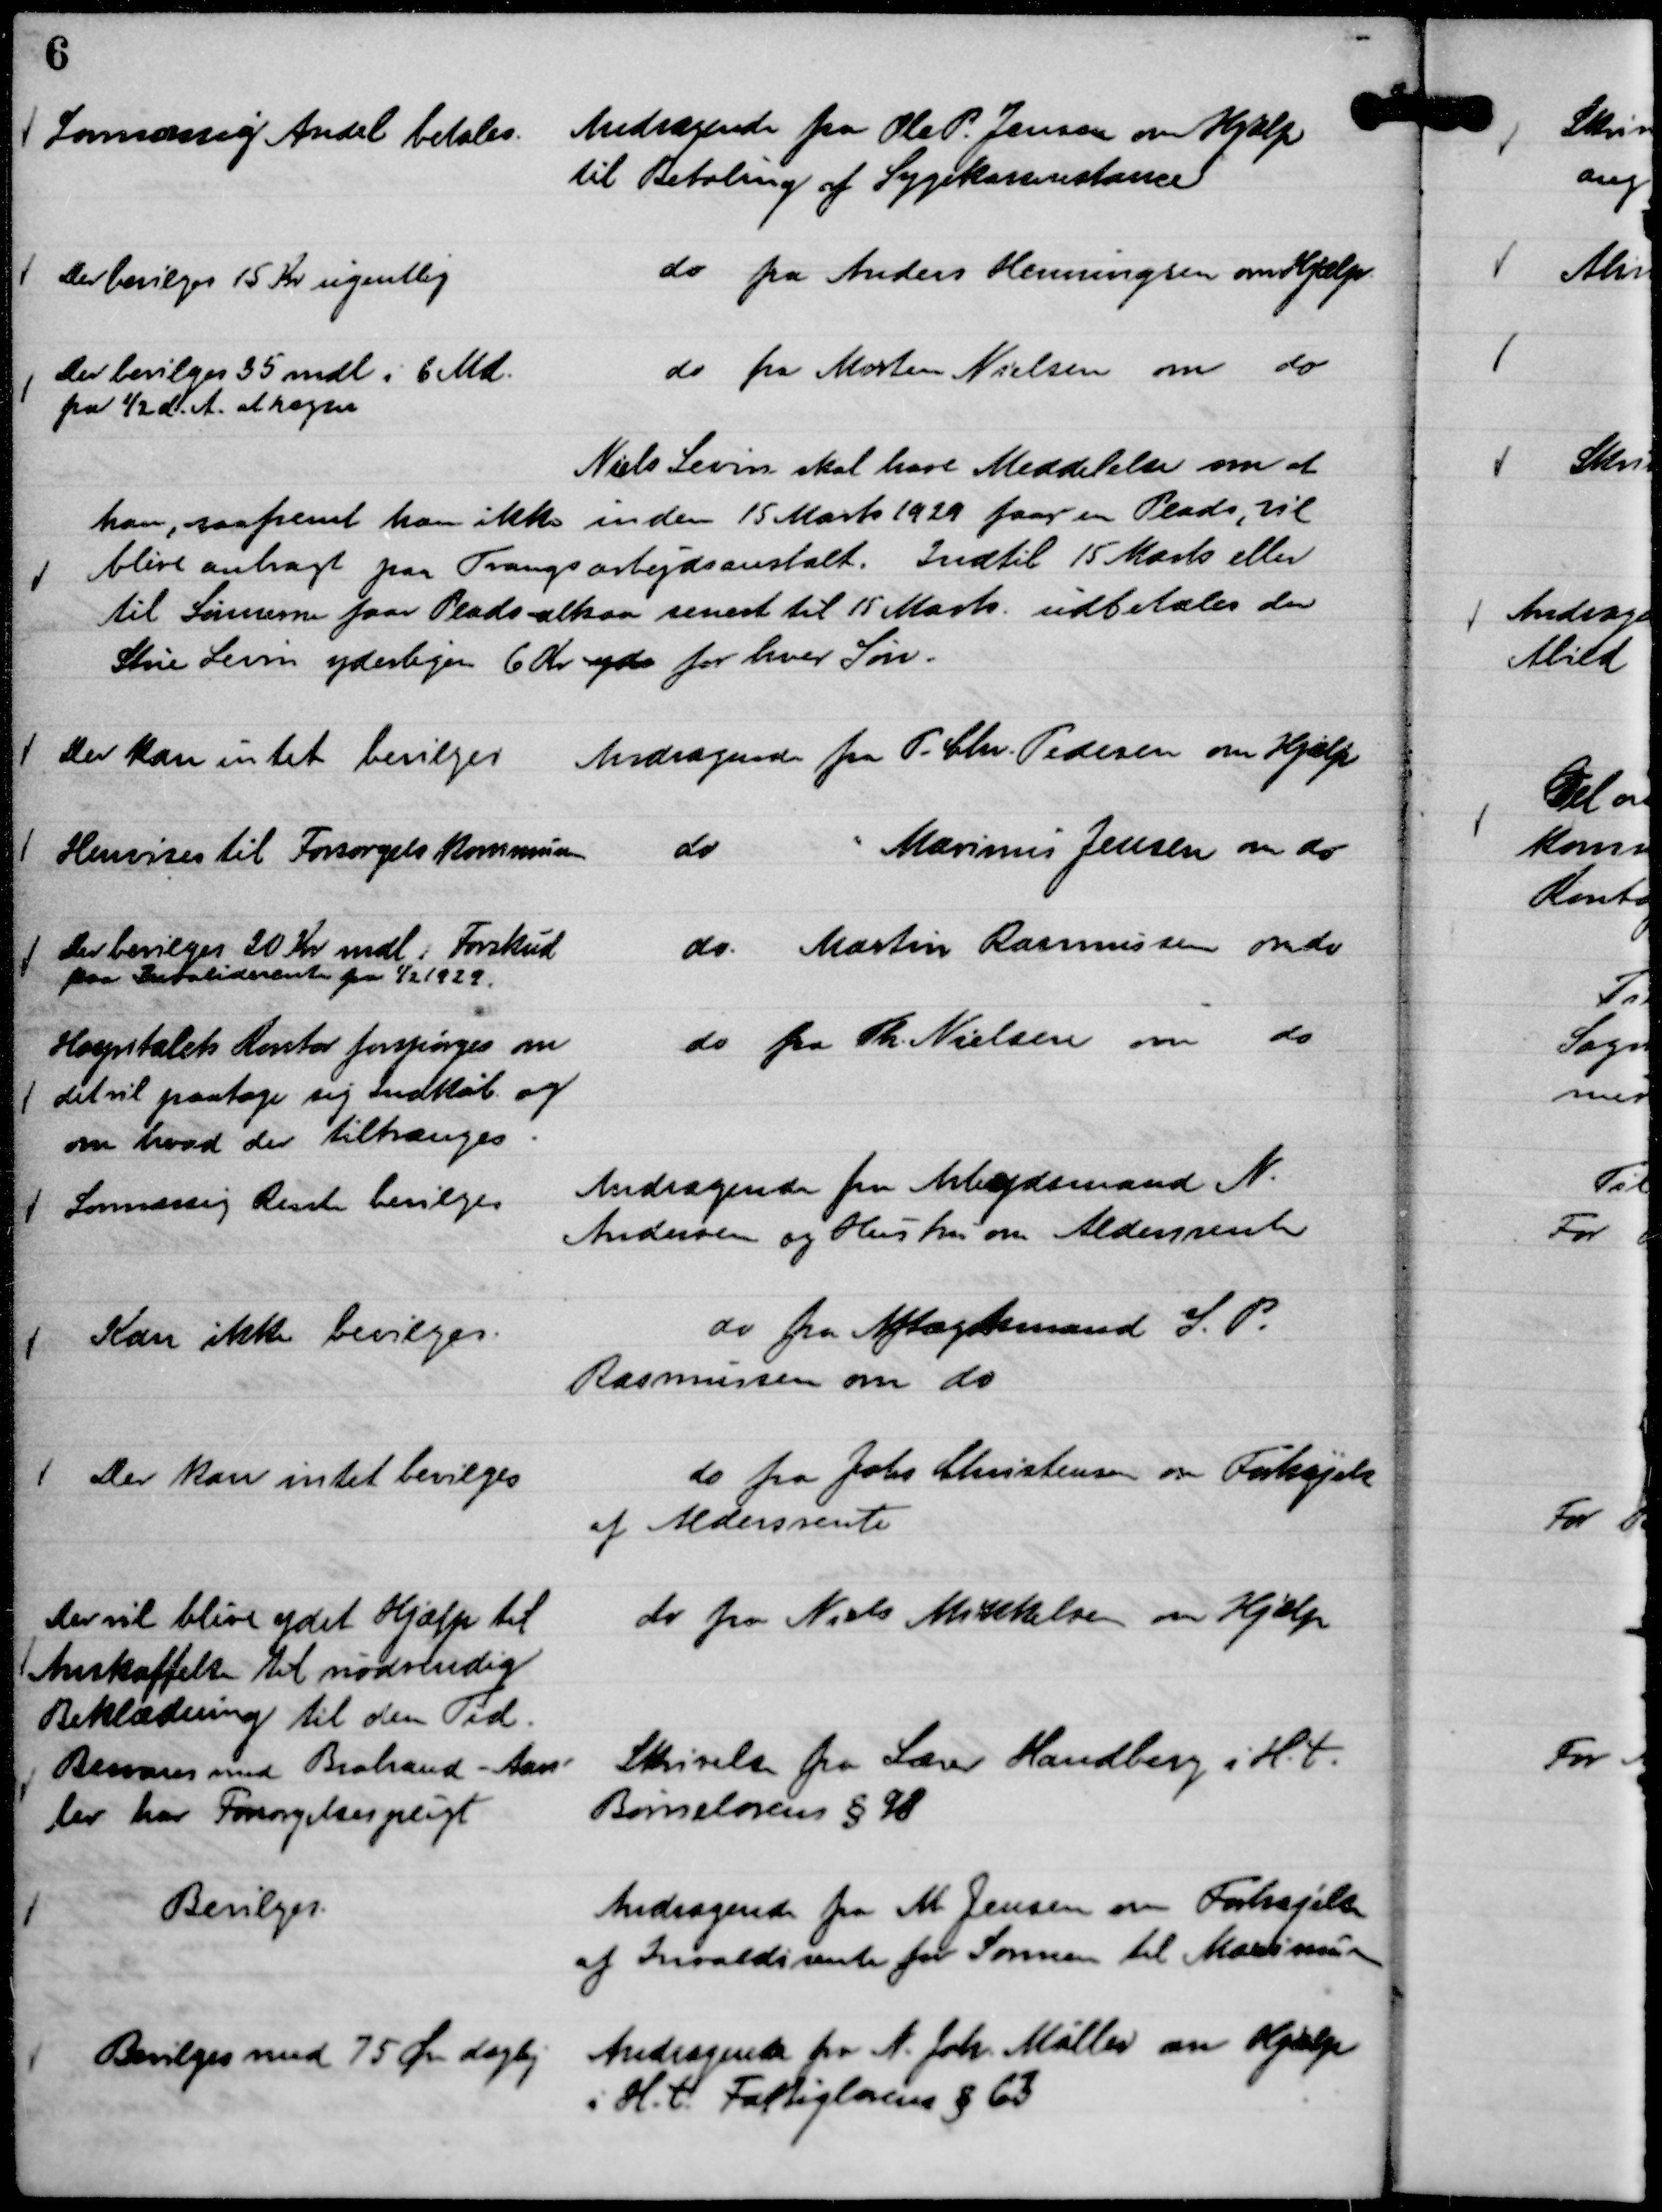
Transskription:
Andragende fra Ole P. Jensen om Hjælp
til Betaling af Sygekasserestance

Lovmæssig Andel betales.

do fra Anders Henningsen om Hjælp.

Der bevilges 15 Kr ugentlig

do fra Morten Nielsen om do

Der bevilges 35 mdl i 6 Md.
fra 1/2 d. A. at regne

Niels Levin skal have Meddelelse om at
han, saafremt han ikke inden 15 Marts 1929 faar en Plads, vil
blive anbragt paa Tvangsarbejdsanstalt. Indtil 15 Marts eller
til Sønnen faar Plads altsaa senest til 15 Marts udbetales der
Strie Levin yderligere 6 Kr yds for hver Søn.

Andragende fra P. Chr. Pedersen om Hjælp

Der kan intet bevilges

do
"Marinus" Jensen om do

Henvises til Forsørgelskommisson

do. Martin Rasmussen om do

Der bevilges 20 Kr mdl i Forskud
paa Invaliderente fra 1/2 1929.

do fra Th. Nielsen om do

Hospitalets Kontor forespørges om
det vil paatage sig indkøb og
om hvad der tiltrænges.

Andragende fra Arbejdsmand N.
Andersen og Hustru om Aldersrente

Lovmæssig Rente bevilges

do fra Aftægtsmand S. P.
Rasmussen om do

Kan ikke bevilges.

do fra Johs Christensen om Forhøjelse
af Aldersrente

Der kan intet bevilges

do fra Niels Mikkelsen om Hjælp

Der vil blive ydet Hjælp til
Anskaffelse til nødvendig
Beklædning til den Tid.

Skrivelse fra Lærer Handberg i H. t.
Børnelovens § 98

Besvares med Brabrand - Aars-
lev har Forsørgelsespligt

Andragende fra M. Jensen om Forhøjelse
af Invaliderente for Sønnen til Maximum

Bevilges.

Andragende fra N. Joh. Møller om Hjælp
i H. t. Fattiglovens § 63

Bevilges med 75 Øre daglig